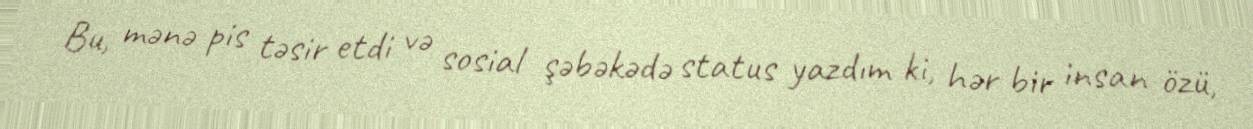
Bu, mənə pis təsir etdi və sosial şəbəkədə status yazdım ki, hər bir insan özü,